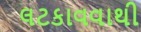
લટકાવવાથી